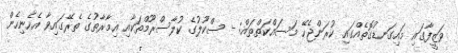
ވަޒީފާގައި މައިގަނޑުގޮތެއްގައި ކުރަންޖެހޭ މަސައްކަތްތައް: - ސްކޫލުގެ ކުލާސްރޫމްތަކާއި އިމާރާތުގެ ތެރޭގައިވާ އެހެނިހެން